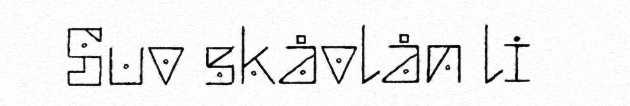
Suv skåvlån li